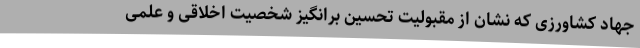
جهاد کشاورزی که نشان از مقبولیت تحسین برانگیز شخصیت اخلاقی و علمی